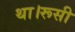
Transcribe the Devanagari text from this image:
था।रूसी